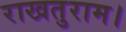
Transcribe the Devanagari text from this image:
राखतुराम।